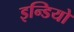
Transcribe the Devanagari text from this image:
इन्डियो